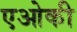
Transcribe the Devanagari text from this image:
एओकी